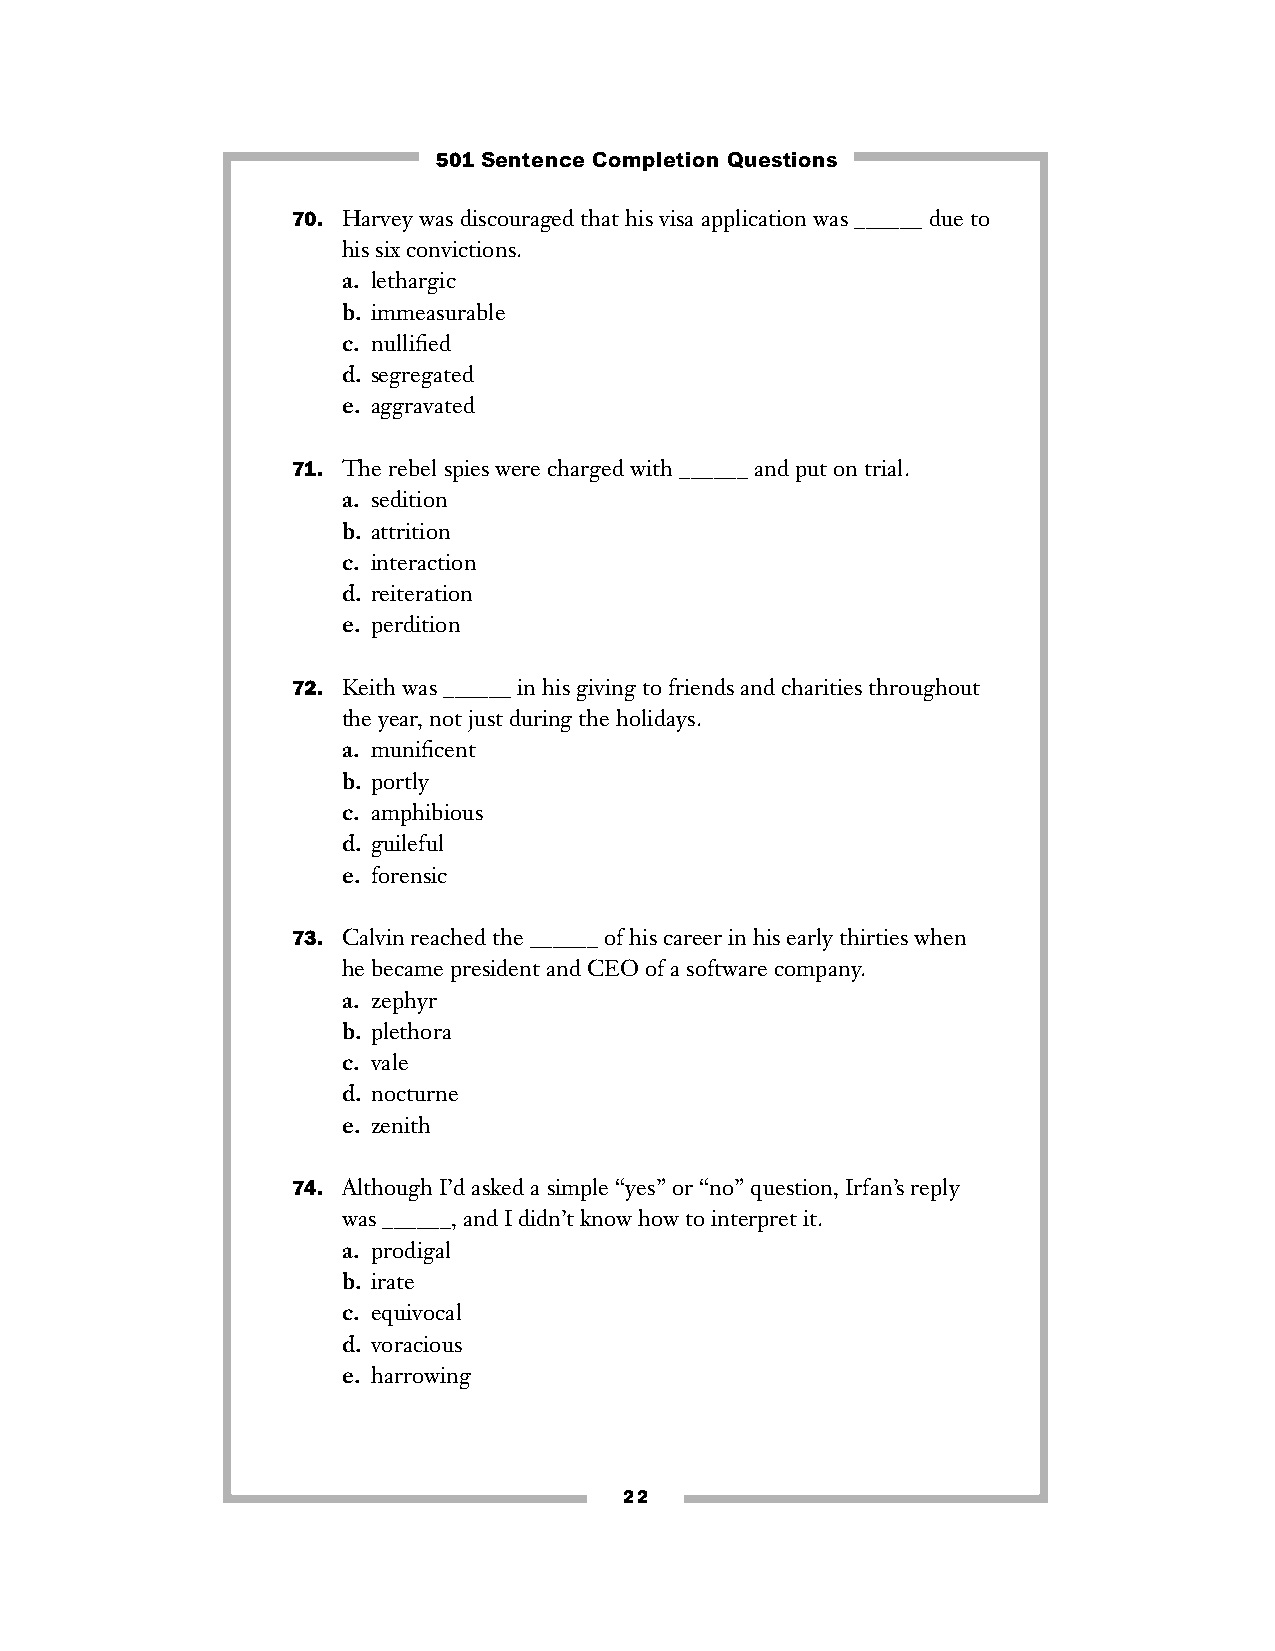
501 Sentence Completion Questions
 70. Harvey was discouraged that his visa application was ______ due to
 his six convictions.
 a. lethargic
 b. immeasurable
 c. nullified
 d. segregated
 e. aggravated
 71. The rebel spies were charged with ______ and put on trial.
 a. sedition
 b. attrition
 c. interaction
 d. reiteration
 e. perdition
 72. Keith was ______ in his giving to friends and charities throughout
 the year, not just during the holidays.
 a. munificent
 b. portly
 c. amphibious
 d. guileful
 e. forensic
 73. Calvin reached the ______ of his career in his early thirties when
 he became president and CEO of a software company.
 a. zephyr
 b. plethora
 c. vale
 d. nocturne
 e. zenith
 74. Although I’d asked a simple “yes” or “no” question, Irfan’s reply
 was ______, and I didn’t know how to interpret it.
 a. prodigal
 b. irate
 c. equivocal
 d. voracious
 e. harrowing
 22